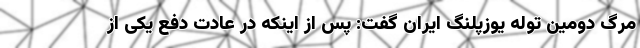
مرگ دومین توله یوزپلنگ ایران گفت: پس از اینکه در عادت دفع یکی از